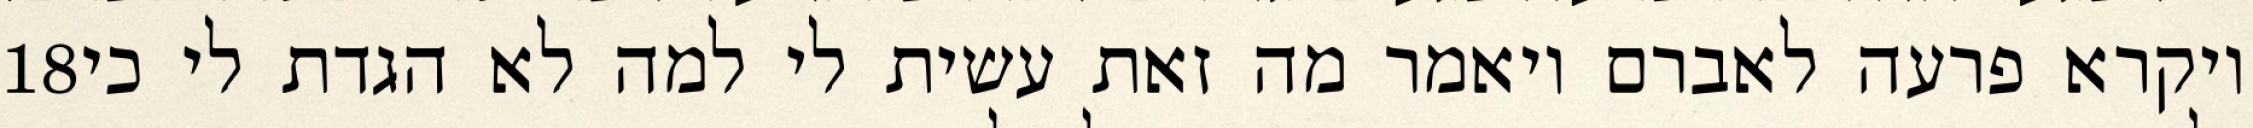
‎18‏ ויקרא פרעה לאברם ויאמר מה זאת עשית לי למה לא הגדת לי כי